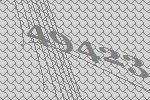
49423